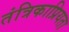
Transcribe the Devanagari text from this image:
तंत्रिकाप्रियता